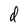
Character: d